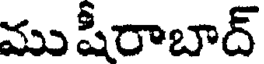
ముషీరాబాద్